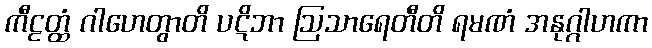
ကီဠတ္ထံ ဂါဟေတွာတိ ပဋိဘာ ဩသာရေတီတိ ရမဏံ အနုဂ္ဂါဟကာ